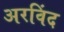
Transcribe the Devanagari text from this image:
अरविंद